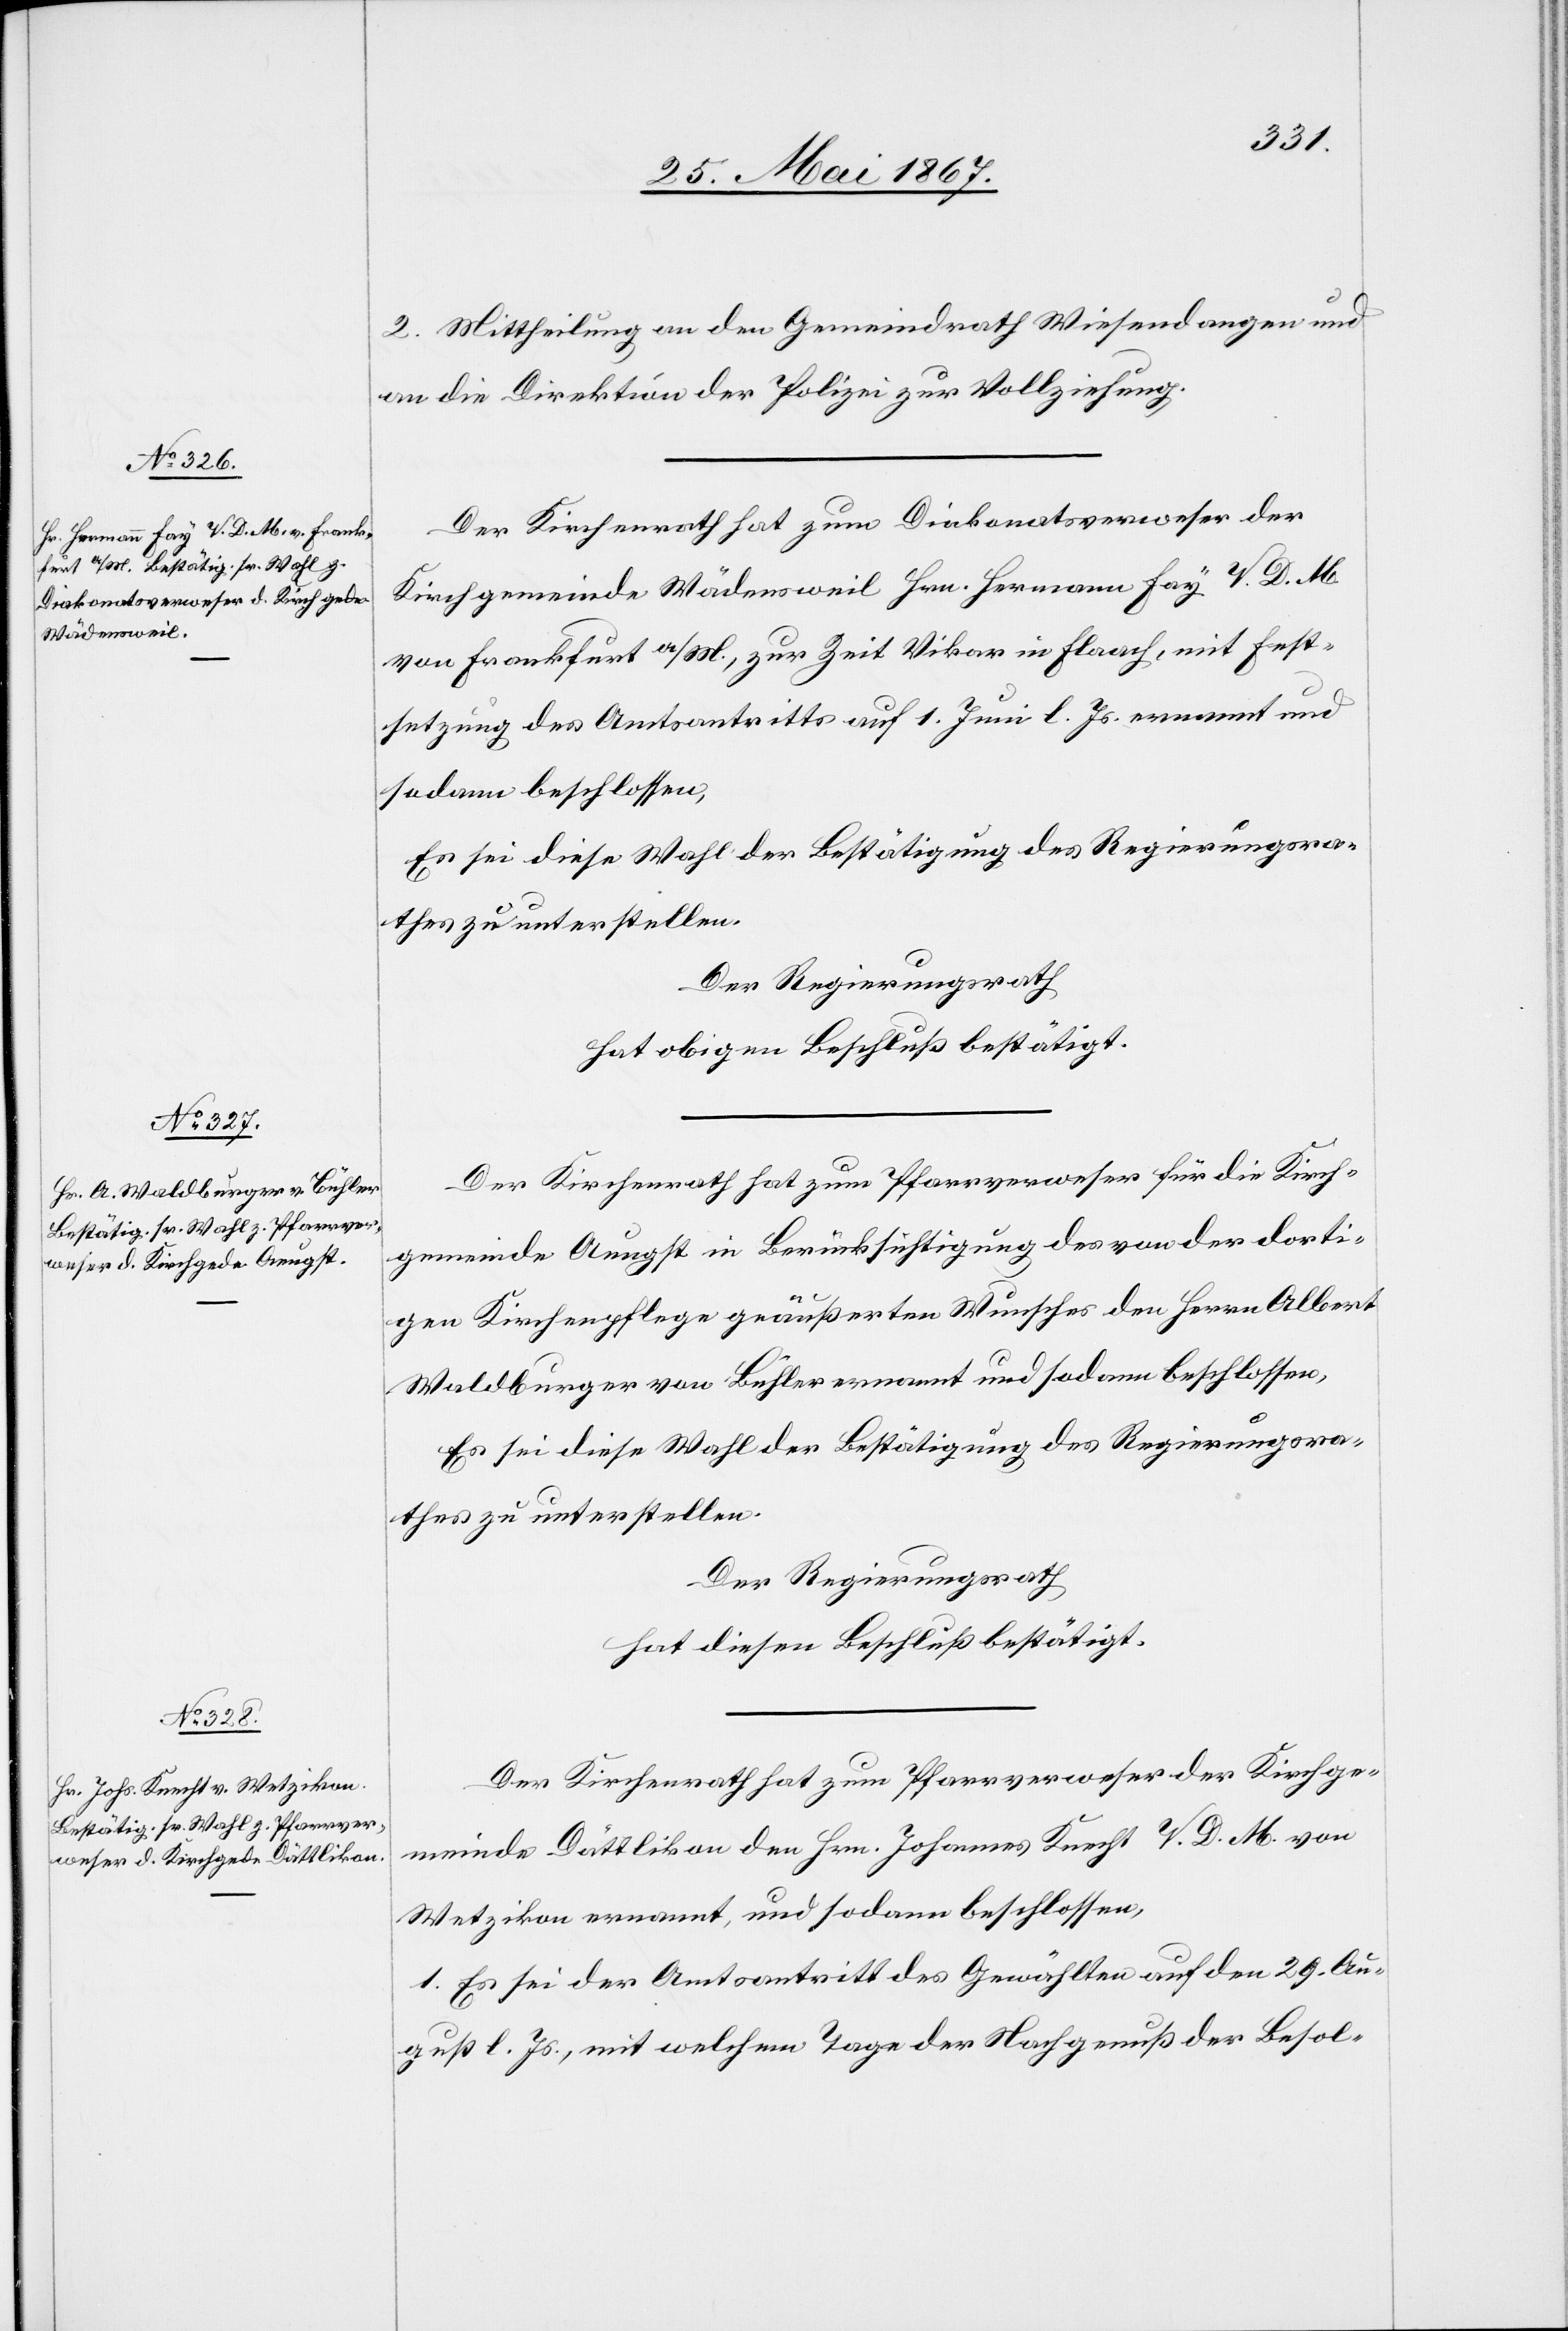
2. Mittheilung an den Gemeindrath Wiesendangen und
an die Direktion der Polizei zur Vollziehung.
Der Kirchenrath hat zum Diakonatsverweser der
Kirchgemeinde Wädensweil Hrn. Hermann Fay V. D. M.
von Frankfurt a/M., zur Zeit Vikar in Flaach, mit Fest¬
setzung des Amtsantritts auf 1. Juni l. Js. ernennt und
sodann beschlossen,
Es sei diese Wahl der Bestätigung des Regierungsra¬
thes zu unterstellen.
Der Regierungsrath
hat obigen Beschluß bestätigt.
Der Kirchenrath hat zum Pfarrverweser für die Kirch¬
gemeinde Aeugst in Berücksichtigung des von der dorti¬
gen Kirchenpflege geäußerten Wunsches den Herrn Albert
Waldburger von Bühler ernannt und sodann beschlossen,
Es sei diese Wahl der Bestätigung des Regierungsra¬
thes zu unterstellen.
Der Regierungsrath
hat diesen Beschluß bestätigt.
Der Kirchenrath hat zum Pfarrverweser der Kirchge¬
meinde Dättlikon den Hrn. Johannes Knecht V. D. M. von
Wetzikon ernannt, und sodann beschlossen,
1. Es sei der Amtsantritt des Gewählten auf den 29. Au¬
gust l. Js., mit welchem Tage der Nachgenuß der Besol-